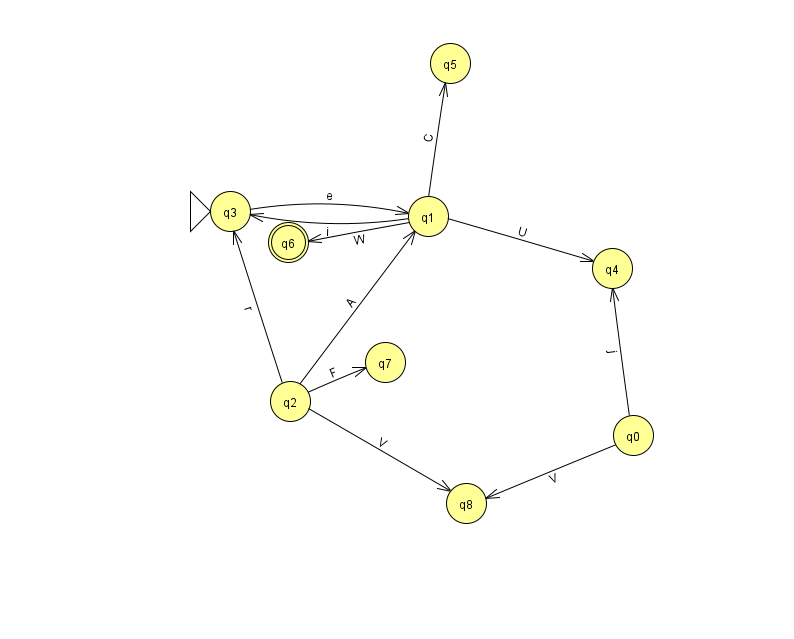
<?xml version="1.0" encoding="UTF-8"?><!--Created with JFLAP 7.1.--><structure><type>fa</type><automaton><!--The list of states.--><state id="0" name="q0"><x>633.0</x><y>422.0</y></state><state id="1" name="q1"><x>428.0</x><y>203.0</y></state><state id="2" name="q2"><x>290.0</x><y>388.0</y></state><state id="3" name="q3"><x>230.0</x><y>198.0</y><initial/></state><state id="4" name="q4"><x>612.0</x><y>255.0</y></state><state id="5" name="q5"><x>450.0</x><y>50.0</y></state><state id="6" name="q6"><x>288.0</x><y>229.0</y><final/></state><state id="7" name="q7"><x>385.0</x><y>349.0</y></state><state id="8" name="q8"><x>466.0</x><y>490.0</y></state><!--The list of transitions.--><transition><from>1</from><to>6</to><read>W</read></transition><transition><from>2</from><to>7</to><read>F</read></transition><transition><from>3</from><to>1</to><read>e</read></transition><transition><from>1</from><to>3</to><read>i</read></transition><transition><from>2</from><to>1</to><read>A</read></transition><transition><from>0</from><to>8</to><read>V</read></transition><transition><from>2</from><to>3</to><read>r</read></transition><transition><from>2</from><to>8</to><read>V</read></transition><transition><from>0</from><to>4</to><read>j</read></transition><transition><from>1</from><to>5</to><read>C</read></transition><transition><from>1</from><to>4</to><read>U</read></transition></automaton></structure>